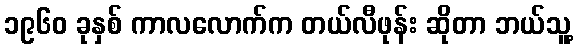
၁၉၆၀ ခုနှစ် ကာလလောက်က တယ်လီဖုန်း ဆိုတာ ဘယ်သူ့